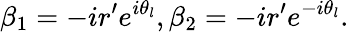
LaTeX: \beta_{1}=-ir^{\prime}e^{i\theta_{l}},\beta_{2}=-ir^{\prime}e^{-i\theta_{l}}.